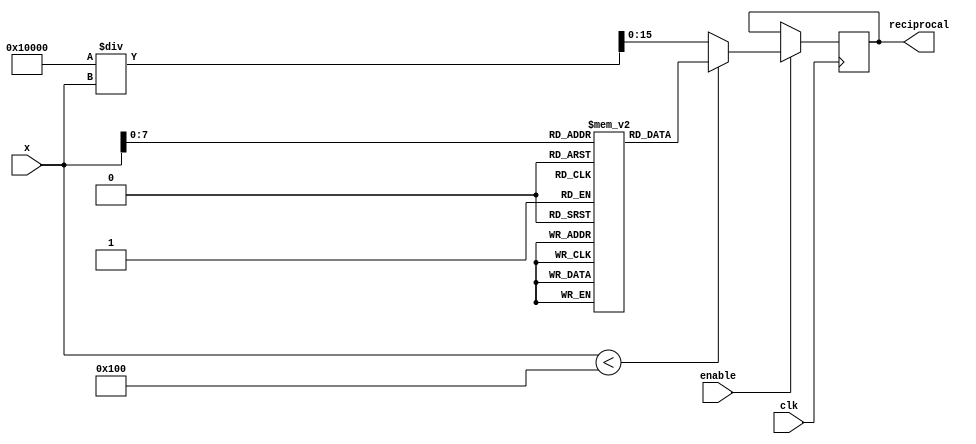
module ApproximateReciprocal #(
    parameter INPUT_WIDTH = 16, // Width of the input
    parameter OUTPUT_WIDTH = 16, // Width of the output
    parameter LUT_SIZE = 256 // Size of the lookup table
)(
    input wire [INPUT_WIDTH-1:0] x, // Input value (positive)
    input wire clk,                  // Clock signal
    input wire enable,               // Enable signal for the block
    output reg [OUTPUT_WIDTH-1:0] reciprocal // Approximate reciprocal output
);

    // Lookup Table for approximate values of reciprocal
    reg [OUTPUT_WIDTH-1:0] lut [0:LUT_SIZE-1];

    // Initialize the LUT with precomputed values
    initial begin
        // Here, you would fill the LUT with precomputed reciprocal values
        // For example:
        // lut[0] = 16'hFFFF; // Approximation for 1 (1/1)
        // lut[1] = 16'h7FFF; // Approximation for 2 (1/2)
        // ... More values
        // Make sure to fill the table with reciprocal approximations for inputs
    end

    // Main computation logic
    always @(posedge clk) begin
        if (enable) begin
            if (x < LUT_SIZE) begin
                // Use LUT for approximations within the range
                reciprocal <= lut[x];
            end else begin
                // For values outside LUT range, use a fallback method (e.g., polynomial approximation)
                // Simple approximation for demonstration (1/x using shifts and constants)
                reciprocal <= (1 << OUTPUT_WIDTH) / x; // Simple inverse (may not be accurate for all x)
            end
        end
    end

endmodule